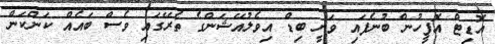
އޮޑިޓް އޮފީހުން ބުނެފައި ވަނީ ބިޑް އިވެލުއޭޝަންގެ ތެރޭގައި ވެސް ބައެއް ކަންކަން